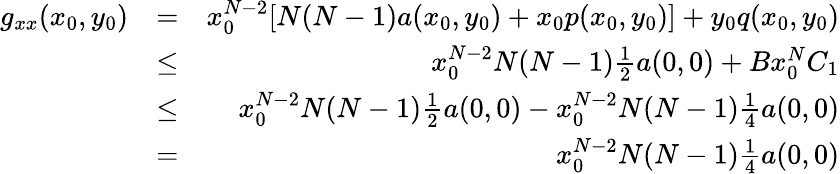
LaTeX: \begin{array}{rlr}{g_{xx}(x_{0},y_{0})}&{=}&{x_{0}^{N-2}[N(N-1)a(x_{0},y_{0})+x_{0}p(x_{0},y_{0})]+y_{0}q(x_{0},y_{0})}\\ &{\leq}&{x_{0}^{N-2}N(N-1)\frac{1}{2}a(0,0)+Bx_{0}^{N}C_{1}}\\ &{\leq}&{x_{0}^{N-2}N(N-1)\frac{1}{2}a(0,0)-x_{0}^{N-2}N(N-1)\frac{1}{4}a(0,0)}\\ &{=}&{x_{0}^{N-2}N(N-1)\frac{1}{4}a(0,0)}\end{array}